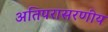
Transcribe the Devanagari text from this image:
अतिपरासरणीय